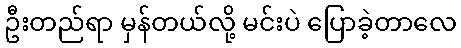
ဦးတည်ရာ မှန်တယ်လို့ မင်းပဲ ပြောခဲ့တာလေ